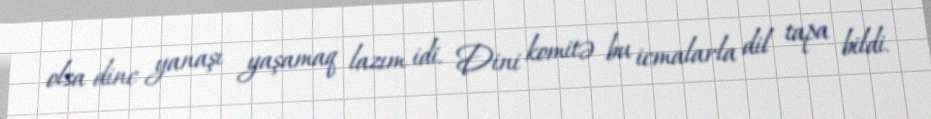
olsa dinc yanaşı yaşamaq lazım idi. Dini komitə bu icmalarla dil tapa bildi.